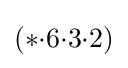
(*{\cdot }6{\cdot }3{\cdot }2)